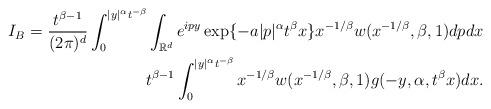
LaTeX: \begin{align*}I_{B}=\frac{t^{\beta - 1}}{(2\pi)^{d}}\int_{0}^{|y|^{\alpha}t^{-\beta}}\int_{\mathbb{R}^{d}}e^{ipy}\exp\{-a|p|^{\alpha}t^{\beta}x\}x^{-1/\beta}w(x^{-1/\beta}, \beta, 1)dp dx \\t^{\beta - 1}\int_{0}^{|y|^{\alpha}t^{-\beta}}x^{-1/\beta}w(x^{-1/\beta}, \beta, 1)g(-y, \alpha, t^{\beta}x)dx.\end{align*}